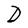
Character: D